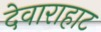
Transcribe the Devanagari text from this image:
देवाराहाट